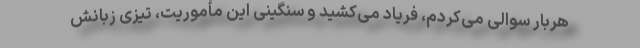
هربار سوالی می‌کردم، فریاد می‌کشید و سنگینی این مأموریت، تیزی زبانش